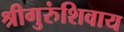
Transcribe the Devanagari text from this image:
श्रीगुरुंशिवाय